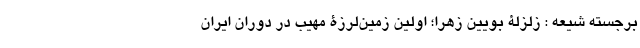
برجسته شیعه : زلزلۀ بویین زهرا؛ اولین زمین‌لرزۀ مهیب در دوران ایران